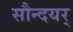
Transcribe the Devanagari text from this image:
सौन्दयर्